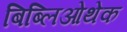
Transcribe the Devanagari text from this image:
बिब्लिओथेक